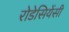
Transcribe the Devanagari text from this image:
रोडेसियेंसी